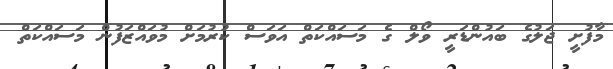
މާފުށީ ޖަލުގެ ބައުންޑަރީ ވޯލް ގެ މަސައްކަތް އަވަސް ކުރުމަށް މުވައްޒަފުން މަސައްކަތް